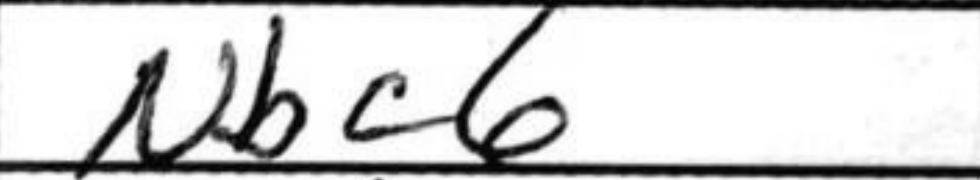
Transcription: Nbc6